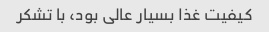
کیفیت غذا بسیار عالی بود، با تشکر